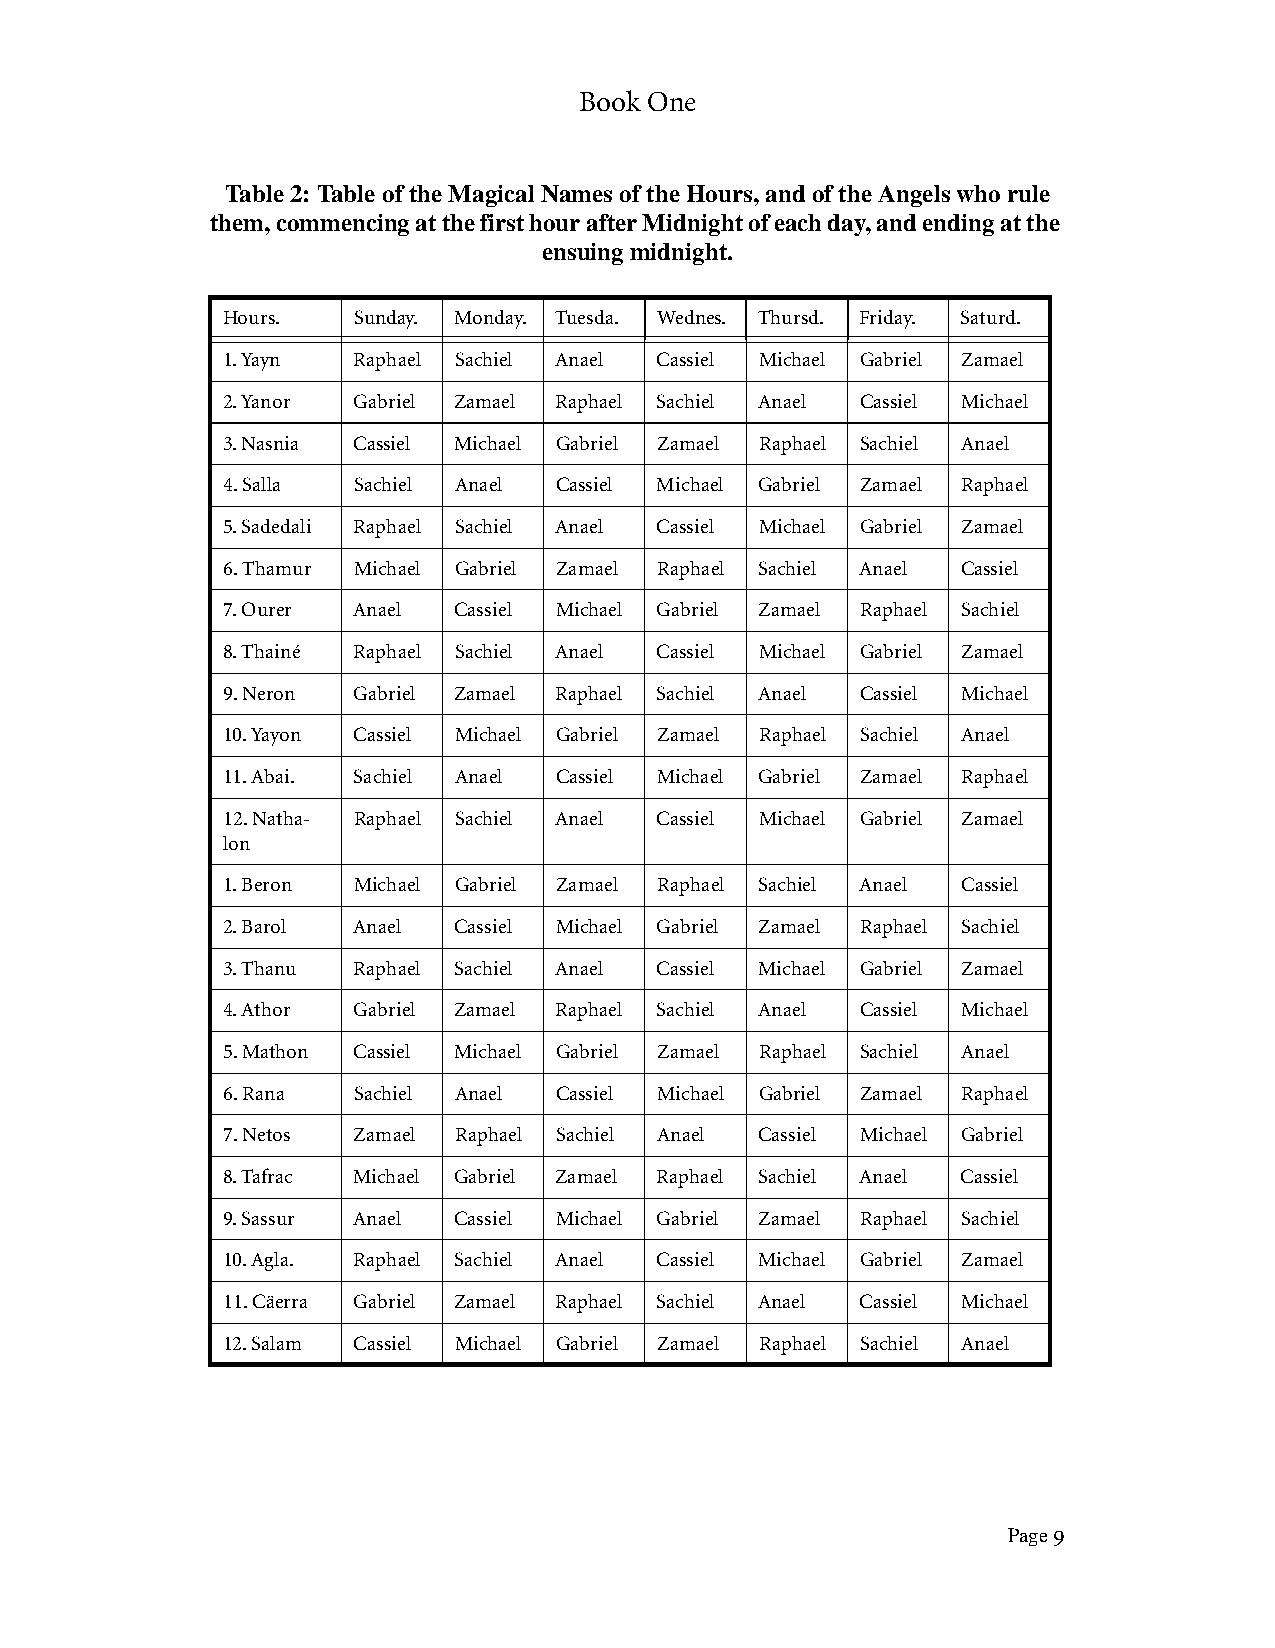
Book One
 Table 2: Table of the Magical Names of the Hours, and of the Angels who rule
 them, commencing at the first hour after Midnight of each day, and ending at the
 ensuing midnight.
 Hours.  Sunday. Monday. Tuesda. Wednes. Thursd. Friday. Saturd.
 1. Yayn Raphael Sachiel Anael Cassiel Michael Gabriel Zamael
 2. Yanor Gabriel Zamael Raphael Sachiel Anael Cassiel Michael
 3. Nasnia Cassiel Michael Gabriel Zamael Raphael Sachiel Anael
 4. Salla Sachiel Anael Cassiel Michael Gabriel Zamael Raphael
 5. Sadedali Raphael Sachiel Anael Cassiel Michael Gabriel Zamael
 6. Thamur Michael Gabriel Zamael Raphael Sachiel Anael Cassiel
 7. Ourer Anael Cassiel Michael Gabriel Zamael Raphael Sachiel
 8. Thainé Raphael Sachiel Anael Cassiel Michael Gabriel Zamael
 9. Neron Gabriel Zamael Raphael Sachiel Anael Cassiel Michael
 10. Yayon Cassiel Michael Gabriel Zamael Raphael Sachiel Anael
 11. Abai. Sachiel Anael Cassiel Michael Gabriel Zamael Raphael
 12. Natha- Raphael Sachiel Anael Cassiel Michael Gabriel Zamael
 lon
 1. Beron Michael Gabriel Zamael Raphael Sachiel Anael Cassiel
 2. Barol Anael Cassiel Michael Gabriel Zamael Raphael Sachiel
 3. Thanu Raphael Sachiel Anael Cassiel Michael Gabriel Zamael
 4. Athor Gabriel Zamael Raphael Sachiel Anael Cassiel Michael
 5. Mathon Cassiel Michael Gabriel Zamael Raphael Sachiel Anael
 6. Rana Sachiel Anael Cassiel Michael Gabriel Zamael Raphael
 7. Netos Zamael Raphael Sachiel Anael Cassiel Michael Gabriel
 8. Tafrac Michael Gabriel Zamael Raphael Sachiel Anael Cassiel
 9. Sassur Anael Cassiel Michael Gabriel Zamael Raphael Sachiel
 10. Agla. Raphael Sachiel Anael Cassiel Michael Gabriel Zamael
 11. Cäerra Gabriel Zamael Raphael Sachiel Anael Cassiel Michael
 12. Salam Cassiel Michael Gabriel Zamael Raphael Sachiel Anael
 Page 9